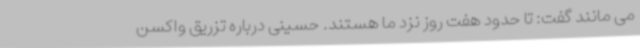
می مانند گفت: تا حدود هفت روز نزد ما هستند. حسینی درباره تزریق واکسن